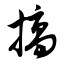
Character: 搞